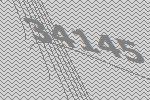
34145